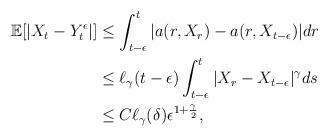
LaTeX: \begin{align*}\begin{aligned}\mathbb{E}[|X_t-Y_t^\epsilon|]&\leq\int_{t-\epsilon}^t |a(r,X_r)-a(r,X_{t-\epsilon})|dr\\&\leq \ell_\gamma(t-\epsilon)\int_{t-\epsilon}^t |X_r-X_{t-\epsilon}|^\gamma ds\\&\leq C\ell_\gamma(\delta)\epsilon^{1+\frac{\gamma}{2}},\end{aligned}\end{align*}